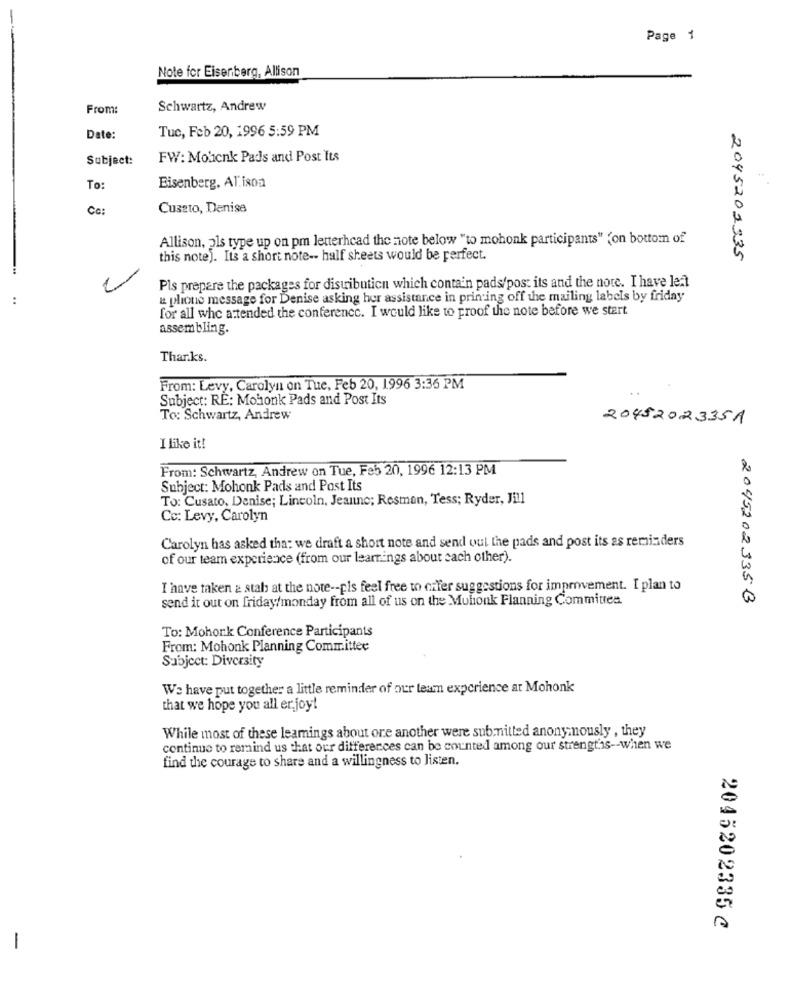
Page 1
Note for Eisenberg, Allison
From:
Schwartz, Andrew
Tuc, Feb 20, 1996 5:59 PM
Date:
Subject:
FW: Mohenk Pads and Post Its
To:
Eisenberg, AT.ison
Cc:
Cuseto, Denise
Allison, als type up on pm letterhead the note below "to mohonk participants" "on bottom of
this note). Its a short note -- half sheets would be perfect.
2045202335
-
2
Pls prepare the packages for distribution which contain pads/post its and the note. I have leal
& plione message for Denise asking her assistance in printing off the mailing labels by friday
for all who attended the conference. I would like to proof the note before we start
assembling.
Thar.ks.
From: Levy, Carolyn on Tue, Feb 20, 1996 3:36 PM
Subject: RE: Mohonk Pads and Post Its
To: Schwartz, Andrew
2045202335A
I like it!
From: Schwartz, Andrew on Tue, Feb 20, 1996 12:13 PM
Subject: Mohonk Pads and Post Its
To: Cusato, Denise; Lincoln, Jeanne; Resman, Tess; Ryder, Jill
Cc: Levy, Carolyn
Carolyn has asked tha: we draft a short note and send out the pads and post its as reminders
of our team experience (from our learnings about each other).
I have taken & stab at the note -- pls feel free to cifer suggestions for improvement. I plan to
send it out on friday/monday from all of us on the Mulionk Planning Commitrea
2045202335B
To: Mohonk Conference Participants
From: Mohonk Planning Committee
Subject: Diversity
We have put together a little reminder of our team experience at Mohonk
that we hope you all er joy!
While most of these leamings about ore another were submitted anonymously , they
continue to remind us that our differences can be counted among our strengt's -- when we
find the courage to share and a willingness to listen.
2045202335 C
-